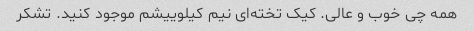
همه چی خوب و عالی. کیک تخته‌ای نیم کیلوییشم موجود کنید. تشکر